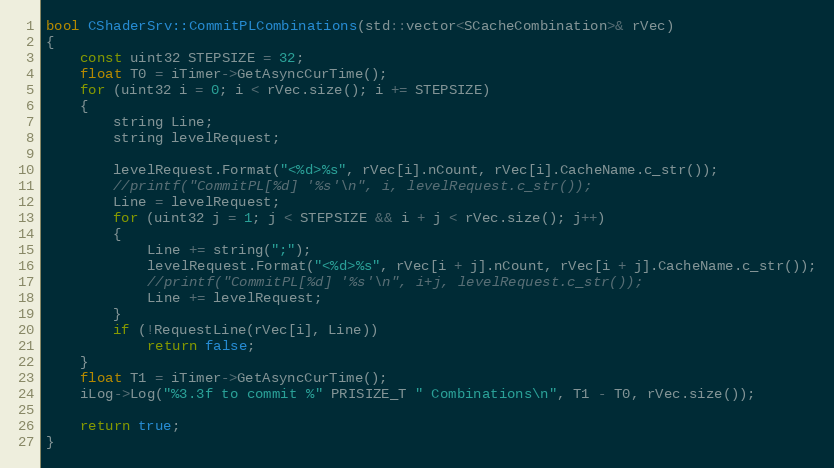
Language: C++
bool CShaderSrv::CommitPLCombinations(std::vector<SCacheCombination>& rVec)
{
	const uint32 STEPSIZE = 32;
	float T0 = iTimer->GetAsyncCurTime();
	for (uint32 i = 0; i < rVec.size(); i += STEPSIZE)
	{
		string Line;
		string levelRequest;

		levelRequest.Format("<%d>%s", rVec[i].nCount, rVec[i].CacheName.c_str());
		//printf("CommitPL[%d] '%s'\n", i, levelRequest.c_str());
		Line = levelRequest;
		for (uint32 j = 1; j < STEPSIZE && i + j < rVec.size(); j++)
		{
			Line += string(";");
			levelRequest.Format("<%d>%s", rVec[i + j].nCount, rVec[i + j].CacheName.c_str());
			//printf("CommitPL[%d] '%s'\n", i+j, levelRequest.c_str());
			Line += levelRequest;
		}
		if (!RequestLine(rVec[i], Line))
			return false;
	}
	float T1 = iTimer->GetAsyncCurTime();
	iLog->Log("%3.3f to commit %" PRISIZE_T " Combinations\n", T1 - T0, rVec.size());

	return true;
}